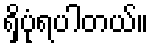
ရှိပုံရပါတယ်။